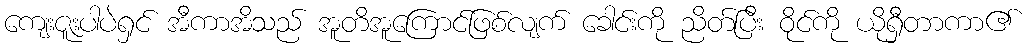
ကျေးဇူးပါပဲရှင် အီကာအိသည် အူတိအူကြောင်ဖြစ်လျက် ခေါင်းကို ညိတ်ပြီး ဝိုင်ကို ယိုရှီတာကာ၏